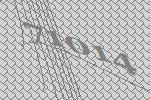
71014